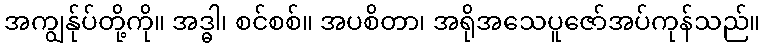
အကျွန်ုပ်တို့ကို။ အဒ္ဓါ၊ စင်စစ်။ အပစိတာ၊ အရိုအသေပူဇော်အပ်ကုန်သည်။